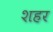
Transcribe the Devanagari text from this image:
शहर